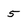
Character: 5